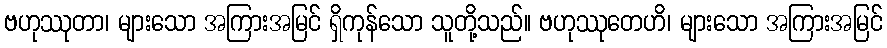
ဗဟုဿုတာ၊ များသော အကြားအမြင် ရှိကုန်သော သူတို့သည်။ ဗဟုဿုတေဟိ၊ များသော အကြားအမြင်